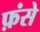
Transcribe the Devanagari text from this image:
फ़ंसे